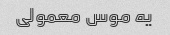
یه موس معمولی